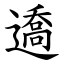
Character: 䢪